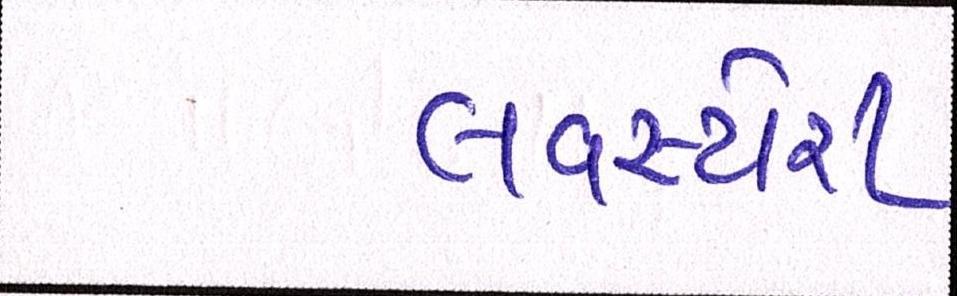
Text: લવસ્ટોરી